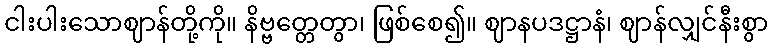
ငါးပါးသောဈာန်တို့ကို။ နိဗ္ဗတ္တေတွာ၊ ဖြစ်စေ၍။ ဈာနပဒဋ္ဌာနံ၊ ဈာန်လျှင်နီးစွာ